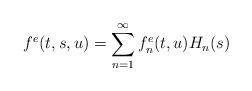
LaTeX: \begin{align*}f^e(t, s, u) = \sum_{n=1}^{\infty}f_{n}^e(t, u)H_n(s)\end{align*}